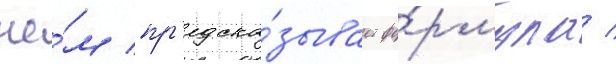
че́м пр'едска́зывает фо́рмула /